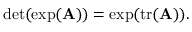
\operatorname* { d e t } ( \exp ( \mathbf { A } ) ) = \exp ( \operatorname { t r } ( \mathbf { A } ) ) .